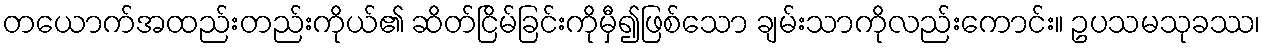
တယောက်အထည်းတည်းကိုယ်၏ ဆိတ်ငြိမ်ခြင်းကိုမှီ၍ဖြစ်သော ချမ်းသာကိုလည်းကောင်း။ ဥပသမသုခဿ၊